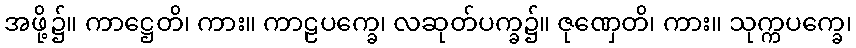
အဖို့၌။ ကာဋ္ဌေတိ၊ ကား။ ကာဠပက္ခေ၊ လဆုတ်ပက္ခ၌။ ဇုဏှေတိ၊ ကား။ သုက္ကပက္ခေ၊